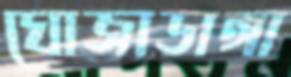
ঘোজাডাঙ্গা